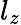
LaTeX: l_{z}